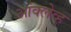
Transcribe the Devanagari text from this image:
आंक्लेव्ह